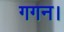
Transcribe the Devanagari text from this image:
गगन।